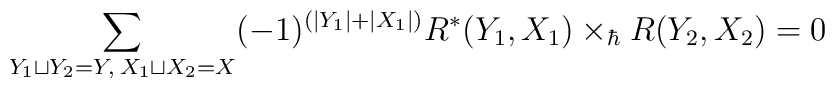
\sum_{Y_1\sqcup Y_2=Y,\>X_1\sqcup X_2=X}(-1)^{(|Y_1|+|X_1|)}R^*(Y_1,X_1)\times_\hbar R(Y_2,X_2)=0